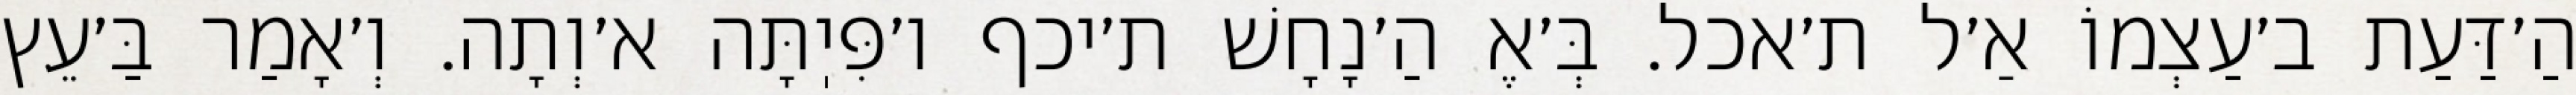
הַ׳דַּעַת ב׳עַצְמוֹ אַ׳ל ת׳אכל. בְּ׳אֶ הַ׳נָחָשׁ ת׳יכף ו׳פִּיֽתָּה א׳וְתָה. וְ׳אָמַר בַּ׳עֵּץ